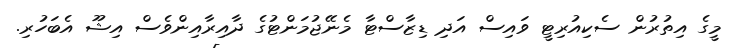
މީގެ އިތުރުން ސެކިއުރިޓީ ވައިސް އަދި ޑިޒާސްޓާ މެނޭޖުމަންޓުގެ ދާއިރާއިންވެސް އިޝޫ އެބަހުރި.